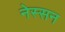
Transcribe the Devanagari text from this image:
नेस्‍सन